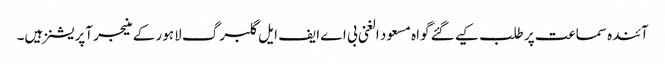
آئندہ سماعت پر طلب کیے گئے گواہ مسعود الغنی بی اے ایف ایل گلبرگ لاہور کے منیجر آپریشنز ہیں۔